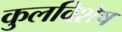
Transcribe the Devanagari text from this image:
कुलविशेष